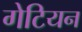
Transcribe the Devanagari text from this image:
गेटियन